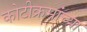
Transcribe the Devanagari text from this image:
कोटीक्रमांच्या